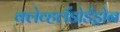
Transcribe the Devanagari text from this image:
क्लेव्हलँडोडेंड्रोन